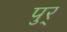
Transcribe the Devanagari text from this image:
पुर्